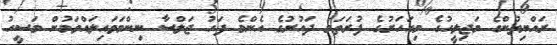
ރައްޔިތުންގެ މަޖިލީހުގެ މިއަހަރުގެ ފުރަތަމަ ދައުރުގެ އެންމެ ފަހު ޖަލްސާ ނިންމަވައިލައްވަމުން މަސީހު